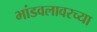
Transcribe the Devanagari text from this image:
भांडवलावरच्या